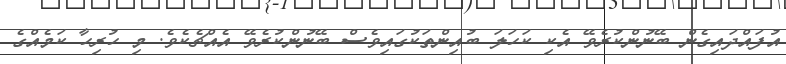
އުފައްދައިގެން ބޭނުންކުރެވޭ އެކި ކަހަލަ ބުއިންތަކުގައިވެސް ބޭނުންކުރެވޭ އެއްޗެކެވެ. މި ހުރިހާ ކަމެއްގެ